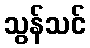
သွန်သင်